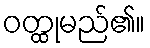
ဝတ္ထုမည်၏။